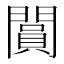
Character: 𨶎